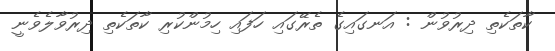
ކާތަކެތި ދިރުވުން : އަނގައިގެ ތެރޭގައި ހަފައި ހިމުންކުރި ކާތަކެތި ދިރުވާލެވެނީ